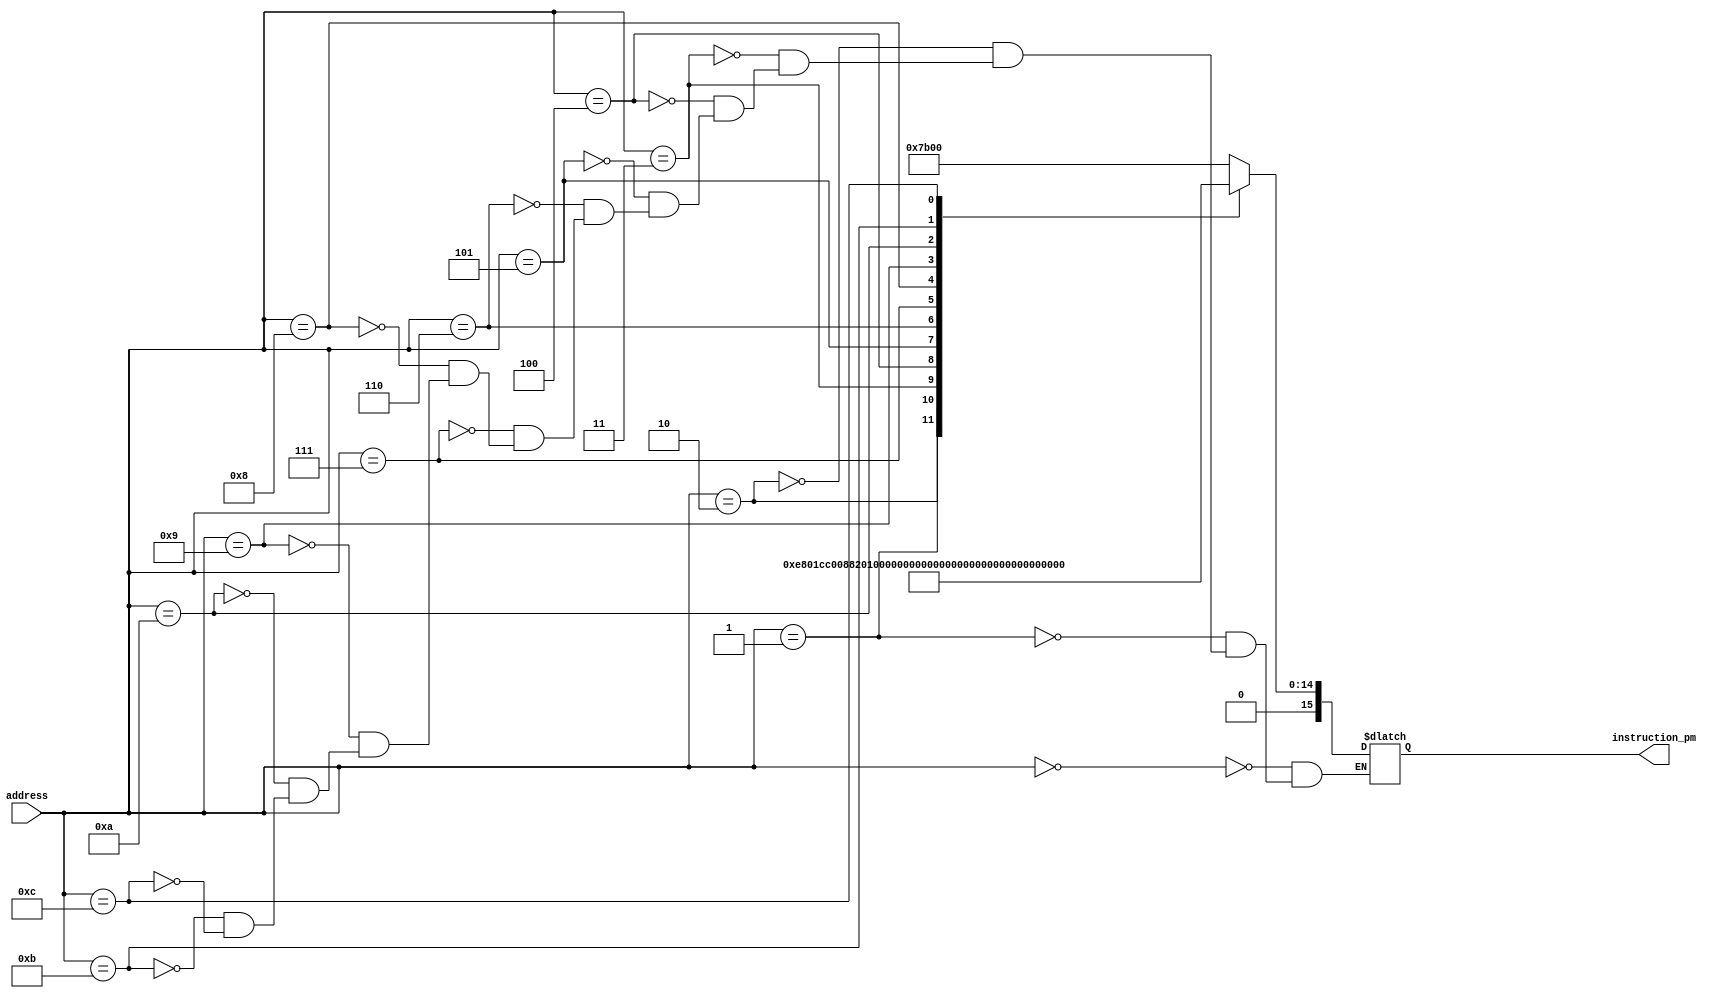
`timescale 1ns / 1ps
//////////////////////////////////////////////////////////////////////////////////
// Company:
// Engineer:
//
// Design Name:
// Module Name: Program_mem
// Project Name:
// Target Devices:
// Tool Versions:
// Description:
//
// Dependencies:
//
// Revision:
// Revision 0.01 - File Created
// Additional Comments:
//
//////////////////////////////////////////////////////////////////////////////////




module Program_mem(address,instruction_pm);
input [11:0]address;



output reg [15:0]instruction_pm;
parameter LDA = 4'b0000; //Value 0 eg: ld [M],A done
parameter LDB = 4'b0001; //Value 1 eg: ld [M],B done
parameter STA = 4'b0010;
parameter STB = 4'b0011;
parameter JMP = 4'b0100;
parameter JSR = 4'b1000;
parameter PUSHA = 4'b1010;
parameter POPA = 4'b1100;
parameter RET = 4'b1110;
parameter HALT =4'b0101;



parameter ADD = 8'b01110001;
parameter AND = 8'b01110010;
parameter CLA = 8'b01110011;
parameter CLB = 8'b01110100;
parameter CMB = 8'b01110101;
parameter INCB = 8'b01110110;
parameter DECB = 8'b01110111;
parameter CLC = 8'b01111000;
parameter CLZ = 8'b01111001;
parameter ION = 8'b01111010;
parameter IOF = 8'b01111011;
parameter SC = 8'b01111100;
parameter SZ = 8'b01111101;
always@(*) begin
case(address)
//Test1
12'b0:instruction_pm ={IOF,8'b0};
12'd1:instruction_pm ={CLB,8'b0};
12'd2:instruction_pm ={CLA,8'b0};
12'd3:instruction_pm ={LDB,12'h104};
12'd4:instruction_pm ={LDA,12'h102};
12'd5:instruction_pm ={CMB,8'b0};
12'd6:instruction_pm ={INCB,8'b0};
12'd7:instruction_pm ={ADD,8'b0};
12'd8:instruction_pm ={LDB,12'h103};
12'd9:instruction_pm ={AND,8'b0};
12'd10:instruction_pm ={STA,12'h500};
12'd11:instruction_pm ={LDB,12'h500};
12'd12:instruction_pm={HALT,12'b0};



//Test2
//12'b0:instruction_pm ={IOF,8'b0};
//12'd1:instruction_pm ={CLB,8'b0};
//12'd2:instruction_pm ={CLA,8'b0};
//12'd3:instruction_pm ={CLC,8'b0};
//12'd4:instruction_pm ={CLZ,8'b0};
//12'd5:instruction_pm ={LDB,12'h103};
//12'd6:instruction_pm ={ADD,8'b0};
//12'd7:instruction_pm ={DECB,8'b0};
//12'd8:instruction_pm ={ADD,8'b0};
//12'd9:instruction_pm ={SZ,8'b0};
//12'd10:instruction_pm ={JMP,12'd7};
//12'd11:instruction_pm={HALT,12'b0};



//Test3
//12'b0:instruction_pm ={IOF,8'b0};
//12'd1:instruction_pm ={CLB,8'b0};
//12'd2:instruction_pm ={CLA,8'b0};
//12'd3:instruction_pm ={ION,8'b0};
//12'd4:instruction_pm ={LDA,12'h104};
//12'd5:instruction_pm ={POPA,12'b0};
//12'd6:instruction_pm={HALT,12'b0};



//ISR
//12'd3840:instruction_pm ={LDA,12'h000};
//12'd3841:instruction_pm ={LDB,12'h101};
//12'd3842:instruction_pm ={ADD,8'b0};
//12'd3843:instruction_pm ={CLB,8'b0};
//12'd3844:instruction_pm ={RET,12'd0};
//
endcase

end
endmodule